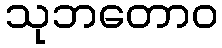
သုဘတောဝ